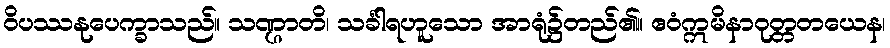
ဝိပဿနုပေက္ခာသည်။ သဏ္ဌာတိ၊ သင်္ခါရဟူသော အာရုံ၌တည်၏။ ဧဝံဣမိနာဝုတ္တတယေန၊